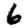
Digit: 6